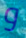
و